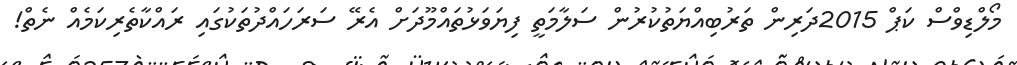
މޯލްޑިވްސް ކަޕް 2015ދަރިން ތަރުބިއްޔަތުކުރުން ސަލާމަތީ ފިޔަވަޅުތައްމޫދަށް އެރޭ ސަރަހައްދުތަކުގައި ރައްކާތެރިކަމެއް ނެތް!